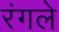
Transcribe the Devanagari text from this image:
रंगले